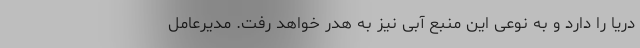
دریا را دارد و به نوعی این منبع آبی نیز به هدر خواهد رفت. مدیرعامل